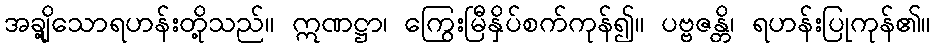
အချို့သောရဟန်းတို့သည်။ ဣဏဋ္ဌာ၊ ကြွေးမြီနှိပ်စက်ကုန်၍။ ပဗ္ဗဇန္တိ၊ ရဟန်းပြုကုန်၏။